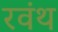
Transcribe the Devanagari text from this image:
रवंथ